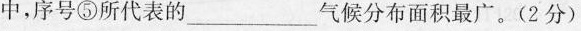
中，序号⑤所代表的___气候分布面积最广。(2分)